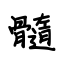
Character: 髓